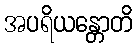
အပရိယန္တောတိ